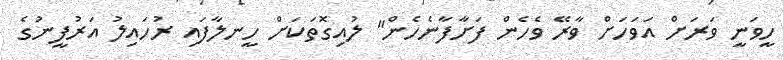
ހީވަނީ ވަރަށް އަވަހަށް ވާރޭ ވެހެން ފަށާފާނެހެން" ލުއިގޮތަކަށް ހީނލާފައި ރުހައިލު އަރުފީނުގެ